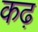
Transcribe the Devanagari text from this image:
कढ़